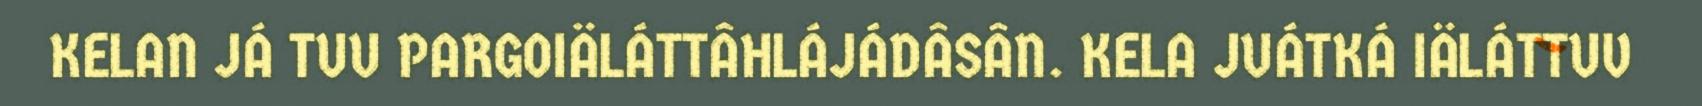
KELAN JÁ TUU PARGOIÄLÁTTÂHLÁJÁDÂSÂN. KELA JUÁTKÁ IÄLÁTTUV